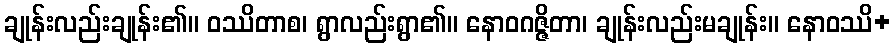
ချုန်းလည်းချုန်း၏။ ဝဿိတာစ၊ ရွာလည်းရွာ၏။ နောဝဂဇ္ဇိတာ၊ ချုန်းလည်းမချုန်း။ နောဝဿိ+